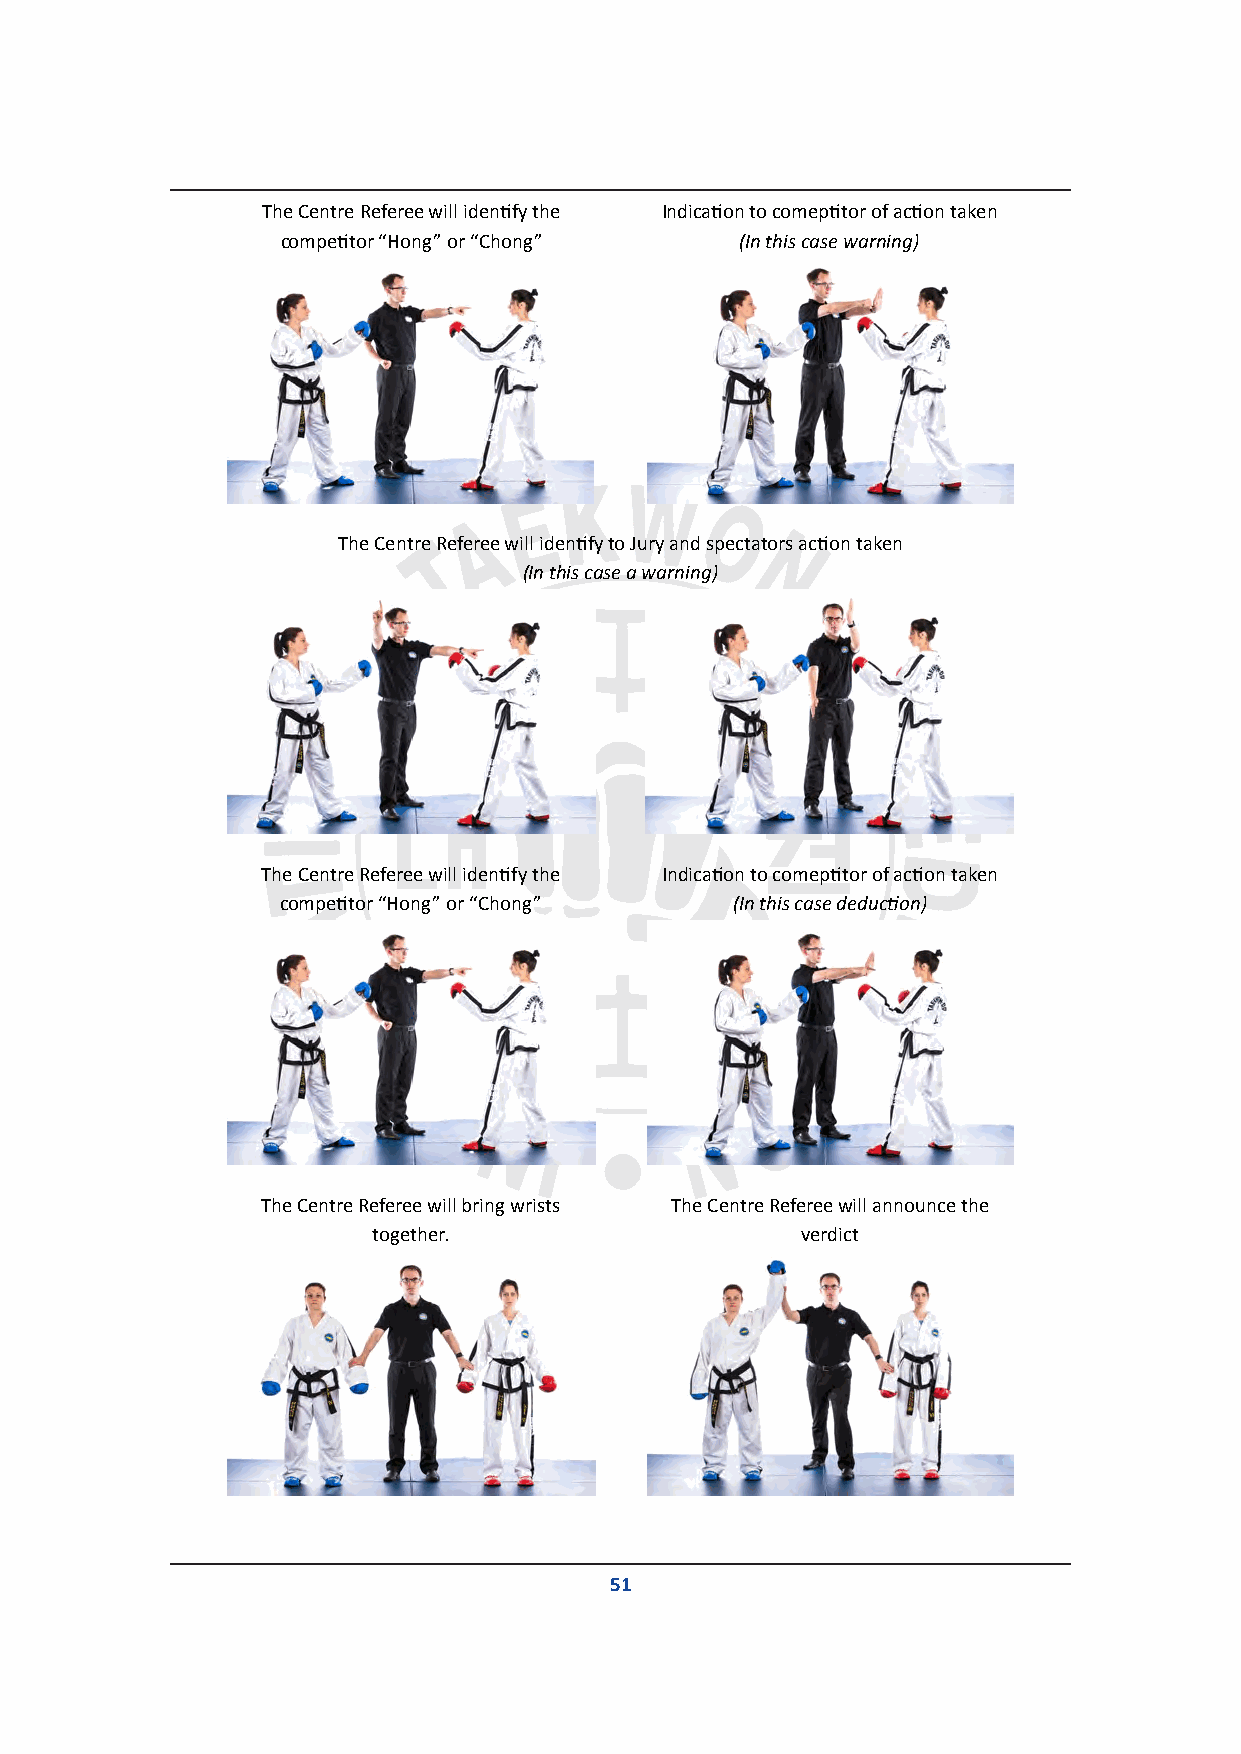
The Centre Referee will identify the Indication to comeptitor of action taken
 competitor “Hong” or “Chong”  (In this case warning)
 The Centre Referee will identify to Jury and spectators action taken
 (In this case a warning)
 The Centre Referee will identify the Indication to comeptitor of action taken
 competitor “Hong” or “Chong”  (In this case deduction)
 The Centre Referee will bring wrists The Centre Referee will announce the
 together.                   verdict
 51